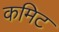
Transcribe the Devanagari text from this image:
कमिट